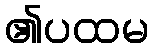
၏ပထမ